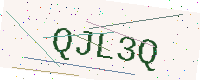
Text: QJL3Q